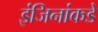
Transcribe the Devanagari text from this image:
इंजिनांकडे